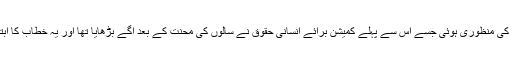
حالانکہ اس دوران میں قرارداد کی منظوری ہوئی جسے اس سے پہلے کمیشن برائے انسانی حقوق نے سالوں کی محنت کے بعد آگے بڑھایا تھا اور یہ خطاب کا ابتدائی اور مرکزی نقطہ بھی تھا۔